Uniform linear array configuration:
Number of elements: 12
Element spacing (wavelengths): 0.75
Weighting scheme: kaiser
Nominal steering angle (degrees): -45
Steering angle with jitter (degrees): -43.326
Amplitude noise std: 0.05
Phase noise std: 0.05

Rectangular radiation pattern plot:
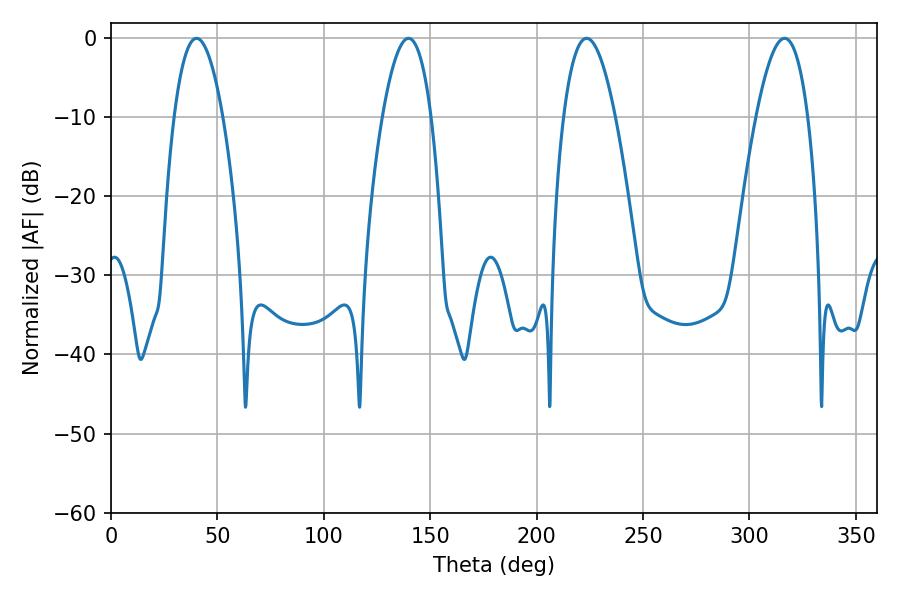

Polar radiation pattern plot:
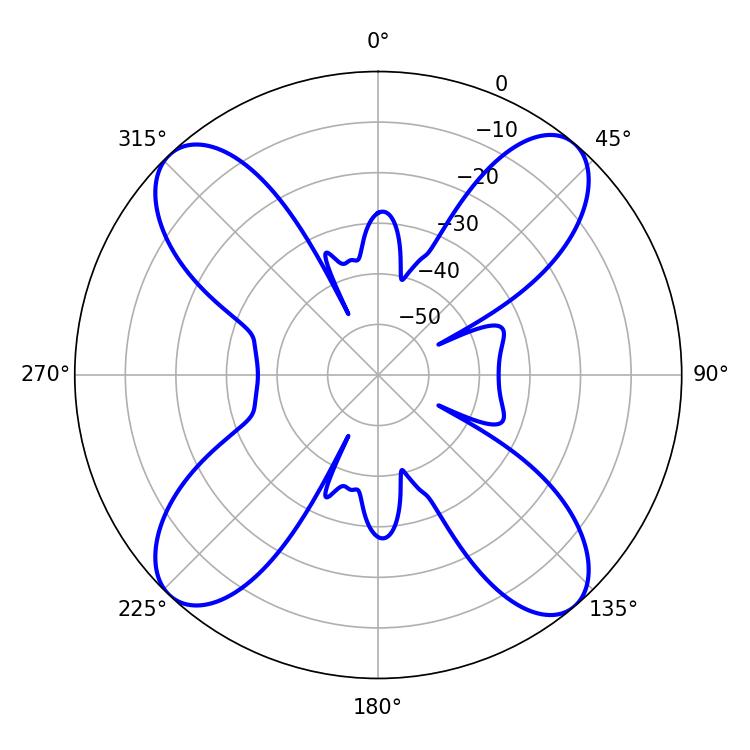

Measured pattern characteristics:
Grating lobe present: TRUE
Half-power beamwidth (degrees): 12.6
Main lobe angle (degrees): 40.14